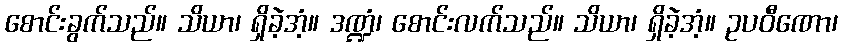
စောင်းခွက်သည်။ သိယာ၊ ရှိခဲ့အံ့။ ဒဏ္ဍံ၊ စောင်းလက်သည်။ သိယာ၊ ရှိခဲ့အံ့။ ဥပဝီဏော၊